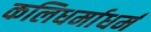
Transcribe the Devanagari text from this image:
कलिधर्माधर्म